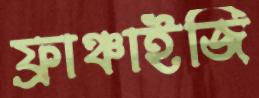
ফ্রাঞ্চাইজি